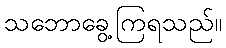
သဘောခွေ့ကြရသည်။